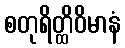
စတုရိတ္ထိဝိမာနံ